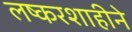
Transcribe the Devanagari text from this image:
लष्करशाहीने